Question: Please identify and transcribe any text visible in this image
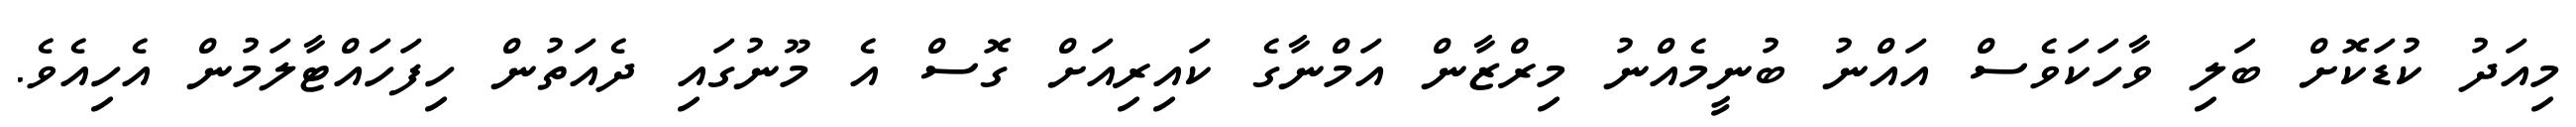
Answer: މިއަދު ކުޑަކޮށް ބަލި ވާހަކަވެސް އައްނު ބުނީމެއްނު މިރްޒާން އަމްނާގެ ކައިރިއަށް ގޮސް އެ މޫނުގައި ދެއަތުން ހިފަހައްޓާލަމުން އެހިއެވެ.